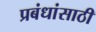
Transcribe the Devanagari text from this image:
प्रबंधांसाठी